Election expenses, 1911, 1911
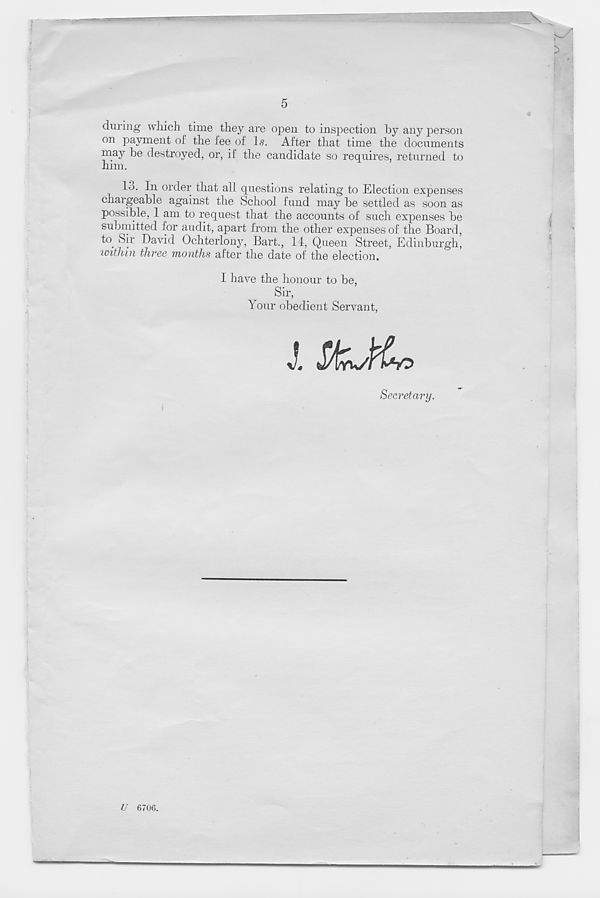
5
during wiiich time they are open to inspection by any person
on payment of the fee of Is. After that time the documents
may he destroyed, or, if the candidate so requires, returned to
him.
lo. In order that all questions relating to Election expenses
chargeable against the School fund may be settled as soon as
possible, 1 am to request that the accounts of such expenses be
submitted for audit, apart from the other expenses of the Board,
t°. S| r David Ochterlony, Bart., 14, Queen Street, Edinburgh,
within three months after the date of the election.
I have the honour to be,
Sir,
Your obedient Servant,
Secretary.
U 6706.